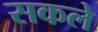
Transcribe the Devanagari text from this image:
सकले